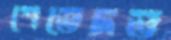
শেভেদভ